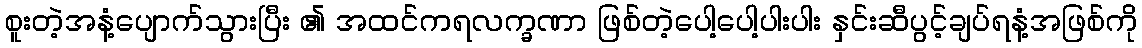
စူးတဲ့အနံ့ပျောက်သွားပြီး ၏ အထင်ကရလက္ခဏာ ဖြစ်တဲ့ပေါ့ပေါ့ပါးပါး နှင်းဆီပွင့်ချပ်ရနံ့အဖြစ်ကို